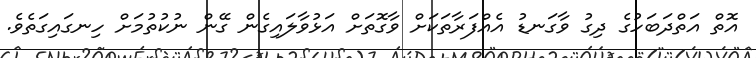
އޮތް އަތްދަބަހުގެ ދިގު ވާގަނޑު އެއްފަރާތަކަށް ވާގޮތަށް އަޅުވާލައިގެން ގޭން ނުކުތުމަށް ހިނގައިގަތެވެ.